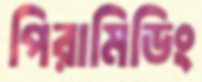
পিরামিডিং